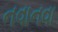
નવાનવા